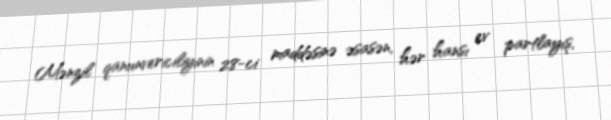
Mənzil qanunvericiliyinin 28-ci maddəsinə əsasən, hər hansı ev partlayış,